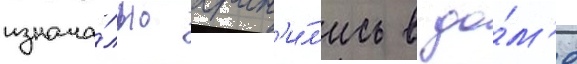
изнача́льно хран'и́л'ись в до́м'е